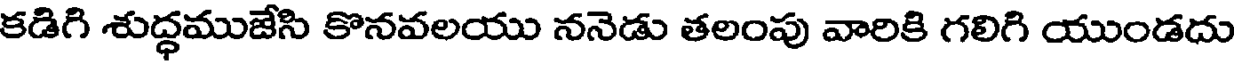
కడిగి శుద్ధముజేసి కొనవలయు ననెడు తలంపు వారికి గలిగి యుండదు